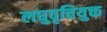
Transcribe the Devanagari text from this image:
लघुवृत्तियुक्त